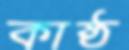
কাষ্ঠ